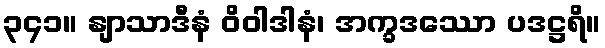
၃၄၁။ နျာသာဒီနံ ဝိဝါဒါနံ၊ အက္ခဒဿော ပဒဋ္ဌရိ။